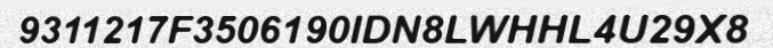
9311217F3506190IDN8LWHHL4U29X8